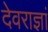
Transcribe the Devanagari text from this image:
देवराज्ञां